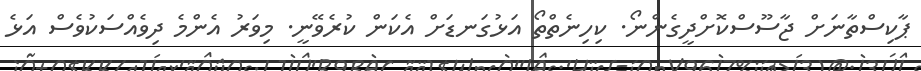
ޕާކިސްތާނަށް ޖާސޫސްކޮށްދީގެންނޯ. ކިހިނެތްތޯ އަޅުގަނޑަށް އެކަން ކުރެވޭނީ. މިވަރު އެންމެ ދިވެއްސަކުވެސް އަޅެ